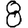
Digit: 8